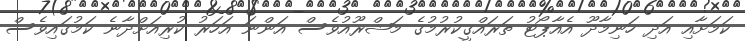
ކަމަށާއި އަދި ހަނިމާދޫ އެއާޕޯޓު ތަރައްގީކުރުމުގެ މަޝްރޫއުވެސް އަންނަ އަހަރު ކުރިއަށްދާނެ ކަމުގައިވެސް